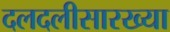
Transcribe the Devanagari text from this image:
दलदलीसारख्या